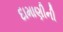
દામાણીની